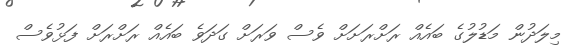
މިލަދުން މަޑުލުގެ ބައެއް ރަށްރަށަށް ވެސް ވަރަށް ގަދަވެ ބައެއް ރަށްރަށް ފަޅުވެސް